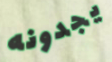
يجدونه